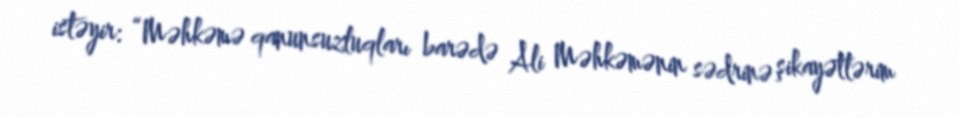
istəyir: “Məhkəmə qanunsuzluqları barədə Ali Məhkəmənin sədrinə şikayətlərim